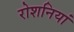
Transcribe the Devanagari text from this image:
रोशनियां